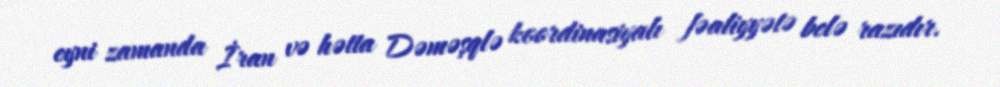
eyni zamanda İran və hətta Dəməşqlə koordinasiyalı fəaliyyətə belə razıdır.